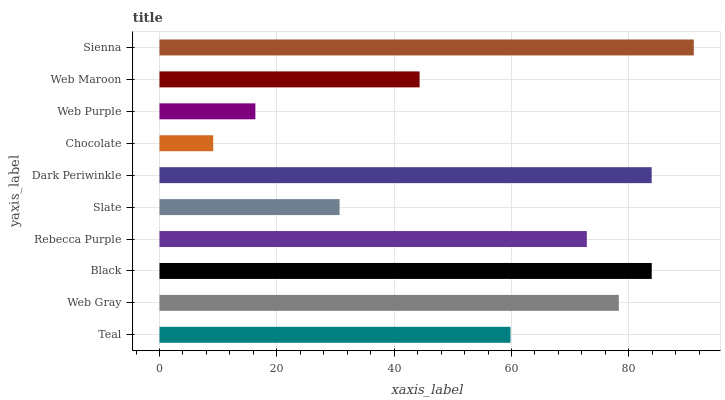
| yaxis_label | bars |
 | --- | --- |
 | Teal | 59.8 |
 | Web Gray | 78.3 |
 | Black | 83.9 |
 | Rebecca Purple | 72.8 |
 | Slate | 30.7 |
 | Dark Periwinkle | 83.9 |
 | Chocolate | 9.16 |
 | Web Purple | 16.3 |
 | Web Maroon | 44.3 |
 | Sienna | 91.1 |